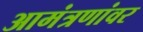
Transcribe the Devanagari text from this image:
आमंत्रणांवर